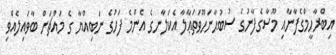
އިބްރާހީމްގެފާނާއި މޫސާގެފާނުގެ ސުބުޙާނަހޫވަތަޢާލާ އެކަލާނގެ އެންމެ ފަހުގެ ނަބިއްޔާ ގެ މައްޗަށް ބާވައިލެއްވި